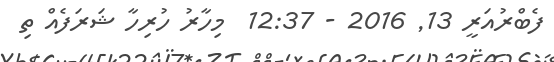
ފެބްރުއަރީ 13